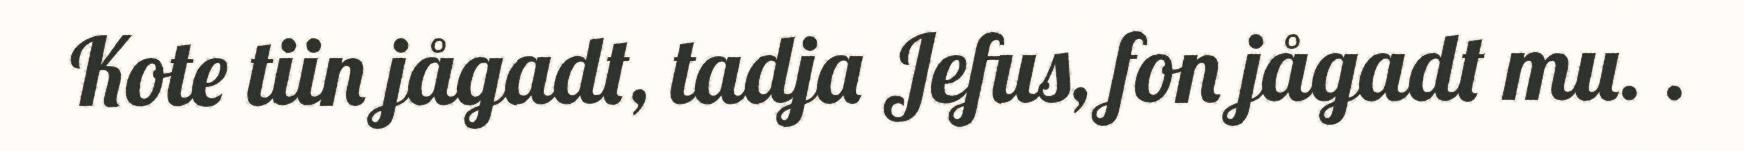
Kote tiin jågadt, tadja Jefus, fon jågadt mu. .